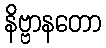
နိဗ္ဗာနတော